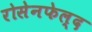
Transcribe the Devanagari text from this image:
रोसेनफेल्द